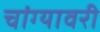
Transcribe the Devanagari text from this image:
चांग्यावरी